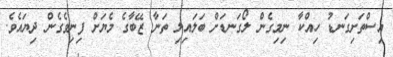
އިސްތަށިގަނޑު ހިއްކާ ނިމިގެން ލޯގަނޑަށް ބަލައިލި ތަނާ ޒޭބާގެ މެޔަށް ފިނިވެގެން ދިޔައެވެ.